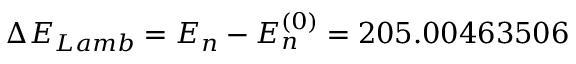
\Delta E _ { L a m b } = E _ { n } - E _ { n } ^ { ( 0 ) } = 2 0 5 . 0 0 4 6 3 5 0 6